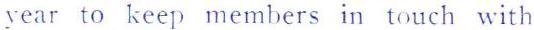
year to keep members in touch with